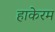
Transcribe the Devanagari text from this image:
हाकेरम